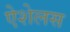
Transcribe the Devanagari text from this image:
ऐशेलस